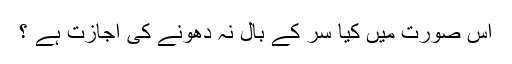
اس صورت میں کیا سر کے بال نہ دھونے کی اجازت ہے ؟